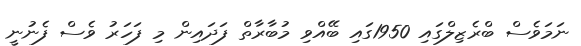
ނަމަވެސް ބްރެޒިލްގައި 1950ގައި ބޭއްވި މުބާރާތް ފަދައިން މި ފަހަރު ވެސް ފެނުނީ